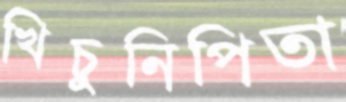
খিচুনিপিতা